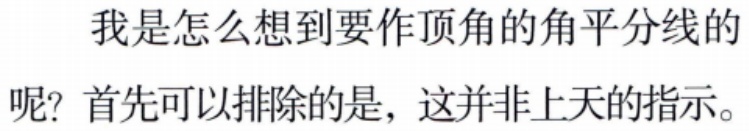
我是怎么想到要作顶角的角平分线的呢? 首先可以排除的是, 这并非上天的指示。